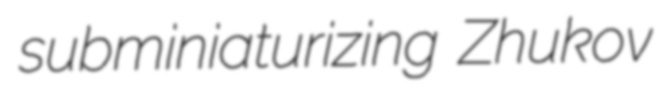
subminiaturizing Zhukov